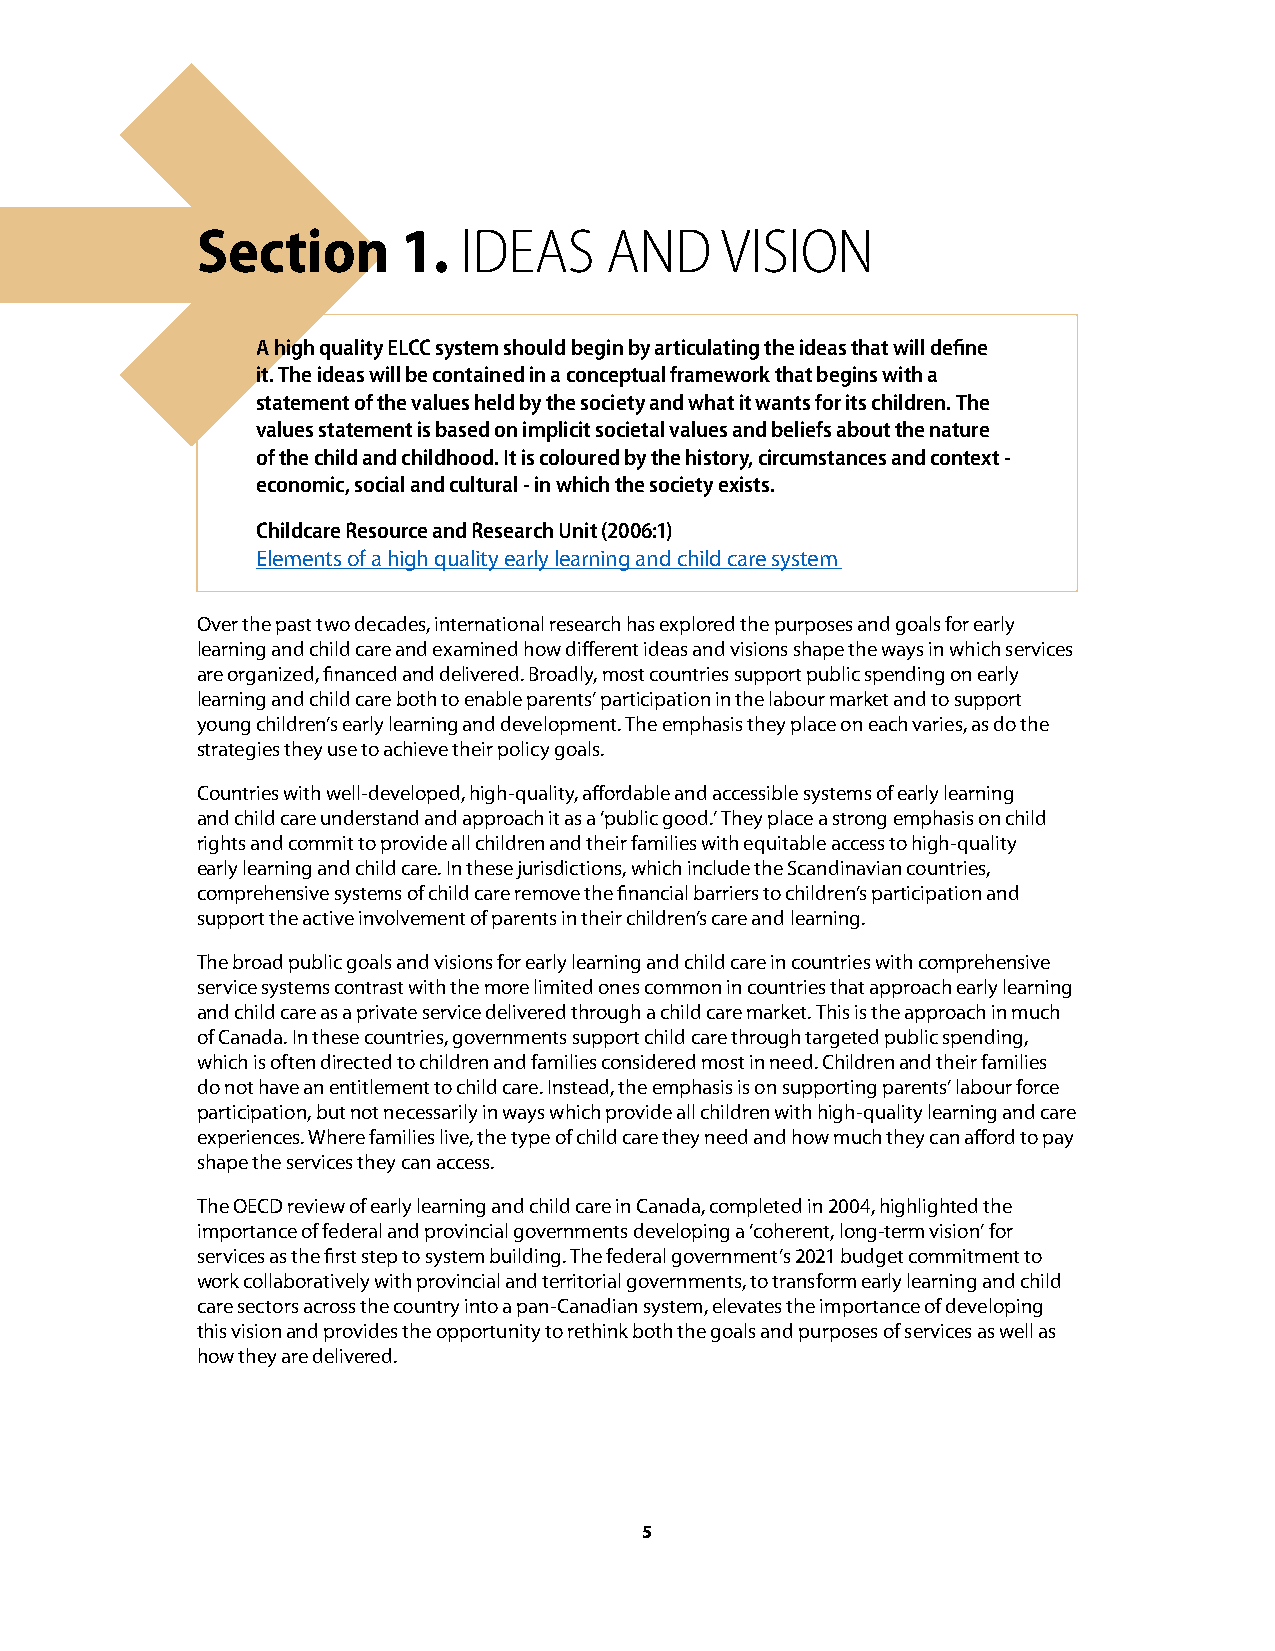
Section       1. IDEAS     AND     VISION
 A high quality ELCC system should begin by articulating the ideas that will define
 it. The ideas will be contained in a conceptual framework that begins with a
 statement of the values held by the society and what it wants for its children. The
 values statement is based on implicit societal values and beliefs about the nature
 of the child and childhood. It is coloured by the history, circumstances and context -
 economic, social and cultural - in which the society exists.
 Childcare Resource and Research Unit (2006:1)
 Elements of a high quality early learning and child care system
 Over the past two decades, international research has explored the purposes and goals for early
 learning and child care and examined how different ideas and visions shape the ways in which services
 are organized, financed and delivered. Broadly, most countries support public spending on early
 learning and child care both to enable parents’ participation in the labour market and to support
 young children’s early learning and development. The emphasis they place on each varies, as do the
 strategies they use to achieve their policy goals.
 Countries with well-developed, high-quality, affordable and accessible systems of early learning
 and child care understand and approach it as a ‘public good.’ They place a strong emphasis on child
 rights and commit to provide all children and their families with equitable access to high-quality
 early learning and child care. In these jurisdictions, which include the Scandinavian countries,
 comprehensive systems of child care remove the financial barriers to children’s participation and
 support the active involvement of parents in their children’s care and learning.
 The broad public goals and visions for early learning and child care in countries with comprehensive
 service systems contrast with the more limited ones common in countries that approach early learning
 and child care as a private service delivered through a child care market. This is the approach in much
 of Canada. In these countries, governments support child care through targeted public spending,
 which is often directed to children and families considered most in need. Children and their families
 do not have an entitlement to child care. Instead, the emphasis is on supporting parents’ labour force
 participation, but not necessarily in ways which provide all children with high-quality learning and care
 experiences. Where families live, the type of child care they need and how much they can afford to pay
 shape the services they can access.
 The OECD review of early learning and child care in Canada, completed in 2004, highlighted the
 importance of federal and provincial governments developing a ‘coherent, long-term vision’ for
 services as the first step to system building. The federal government’s 2021 budget commitment to
 work collaboratively with provincial and territorial governments, to transform early learning and child
 care sectors across the country into a pan-Canadian system, elevates the importance of developing
 this vision and provides the opportunity to rethink both the goals and purposes of services as well as
 how they are delivered.
 5